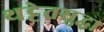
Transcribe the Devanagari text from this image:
थट्टेतसुद्धा